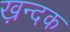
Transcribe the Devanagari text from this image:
ख़न्दक